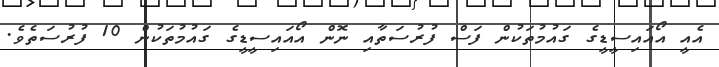
އެއީ އޯއައިސީޑީގެ ގައުމުތަކުން ފަސް ފުރުސަތާއި ނޮން އޯއައިސީޑީގެ ގައުމުތަކުން 10 ފުރުސަތެވެ.